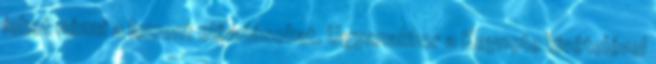
lehet nézni a lement előadásokat. Ugyanakkor a Keynote kivételével